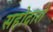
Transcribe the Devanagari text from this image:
सहोदारो